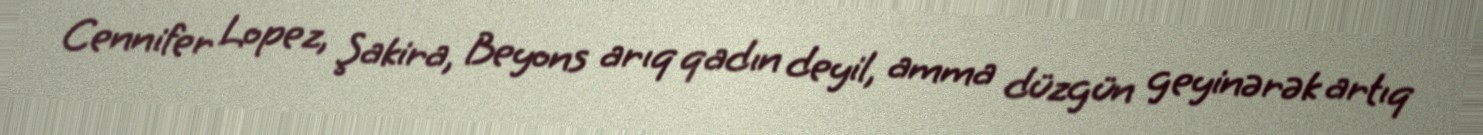
Cennifer Lopez, Şakira, Beyons arıq qadın deyil, amma düzgün geyinərək artıq